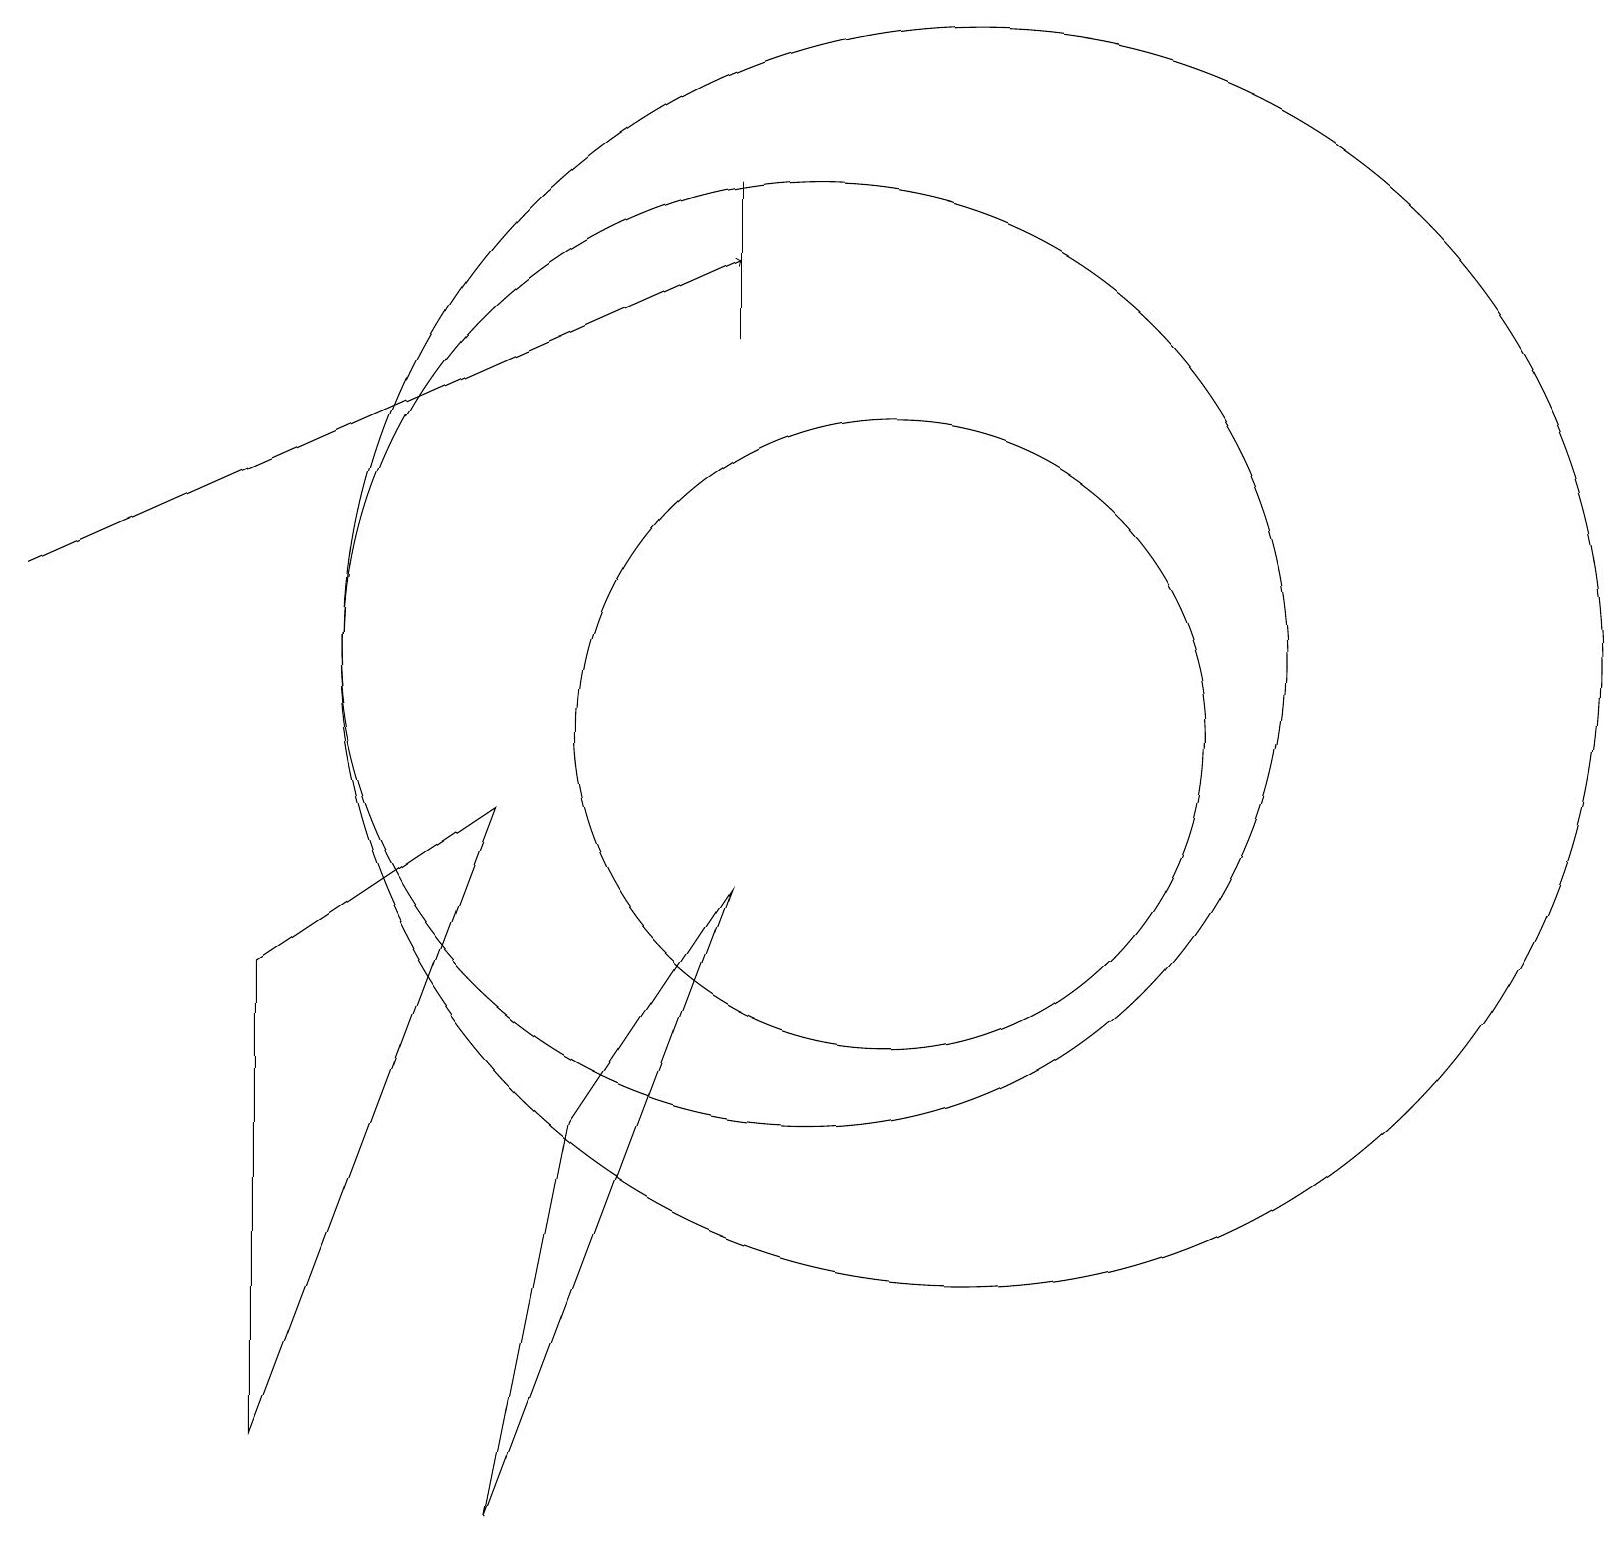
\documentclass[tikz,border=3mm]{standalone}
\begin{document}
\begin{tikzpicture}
\draw (10,11) circle (6);
\draw (3,7) -- (3,1) -- (6,9) -- cycle;
\draw (9,17) rectangle (9,15);
\draw (11,10) circle (4);
\draw[->] (0,12) -- (9,16);
\draw (12,11) circle (8);
\draw (7,5) -- (6,0) -- (9,8) -- cycle;
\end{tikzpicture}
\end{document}